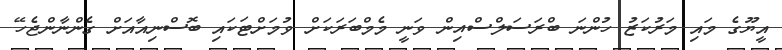
އީޔޫގެ މައި މަރުކަޒު ހުންނަ ބްރަސަލްސްއިން ވަނީ މެމްބަރަކަށް ވުމަށްޓަކައި ބޮސްނިއާއަށް ގެންނާންޖެހޭ